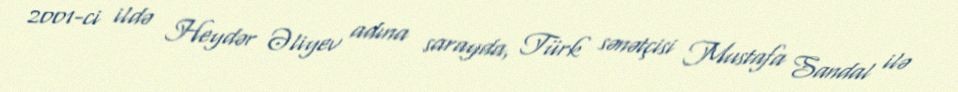
2001-ci ildə Heydər Əliyev adına sarayda, Türk sənətçisi Mustafa Sandal ilə